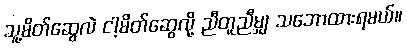
သူ့မိတ်ဆွေလဲ ငါ့မိတ်ဆွေလို့ ညီတူညီမျှ သဘောထားရမယ်။